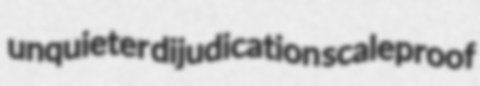
unquieter dijudication scaleproof